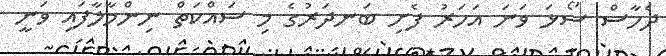
ދެހާސް ސޯޅަ ވަނަ އަހަރު ފެށި ބަނދަރުގެ މި ސައްކަތް ނިންމާލާފައި ވަނީ